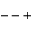
-- +